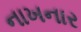
નાખનાર